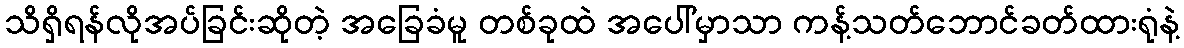
သိရှိရန်လိုအပ်ခြင်းဆိုတဲ့ အခြေခံမူ တစ်ခုထဲ အပေါ်မှာသာ ကန့်သတ်ဘောင်ခတ်ထားရုံနဲ့